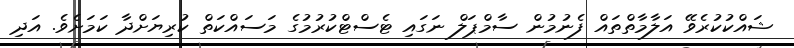
ޝައްކުކުރެވޭ އަލާމާތްތައް ފެނުމުން ސާމްޕަލް ނަގައި ޓެސްޓްކުރުމުގެ މަސައްކަތް ކުރިޔަށްދާ ކަމަށެވެ. އަދި